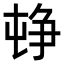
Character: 𡴣